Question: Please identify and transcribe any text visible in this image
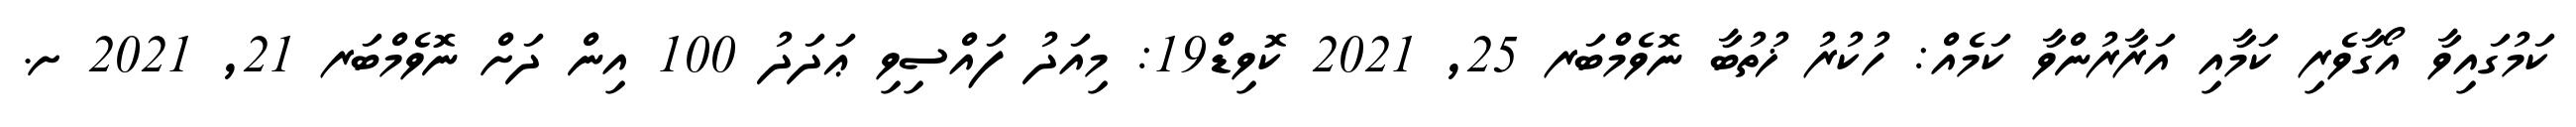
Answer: ކަމުގައިވާ އޯގާވެރި ކަމާއި އަރާރުންވާ ކަމެއް: ހުކުރު ޚުތުބާ ނޮވެމްބަރ 25, 2021 ކޮވިޑް19: މިއަދު ފައްސިވި ޢަދަދު 100 އިން ދަށް ނޮވެމްބަރ 21, 2021 ށ.